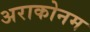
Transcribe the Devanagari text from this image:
अराकोनम